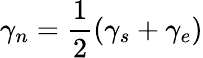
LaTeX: \gamma_{n}=\frac{1}{2}(\gamma_{s}+\gamma_{e})